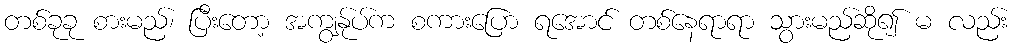
တစ်ခုခု စားမည်၊ ပြီးတော့ အကျွန်ုပ်က စကားပြော ရအောင် တစ်နေရာရာ သွားမည်ဆို၍ မ လည်း